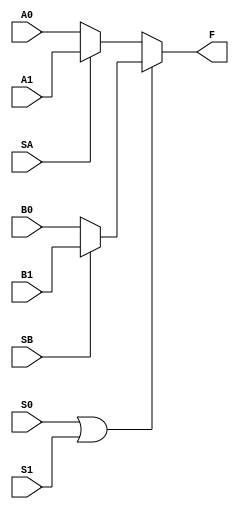
`timescale 1ps/1ps
module C1 (
    A0,
    A1,
    SA,
    B0,
    B1,
    SB,
    S0,
    S1,
    F
);
    parameter size = 5;

    input [size-1:0]A0;
    input [size-1:0]A1;
    input [size-1:0]B0;
    input [size-1:0]B1;
    input SA, SB, S0, S1;
    output [size-1:0]F;

    wire [size-1:0]F1;
    wire [size-1:0]F2;
    wire S2;

    assign F1 = SA ? A1 : A0;
    assign F2 = SB ? B1 : B0;
    assign S2 = S0 | S1;

    assign #2000 F = S2 ? F2 : F1;

   
endmodule